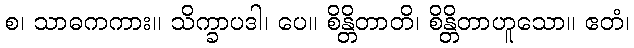
စ၊ သာဓကကား။ သိက္ခာပဒါ၊ ပေ။ စိန္တိတာတိ၊ စိန္တိတာဟူသော။ ဧတံ၊